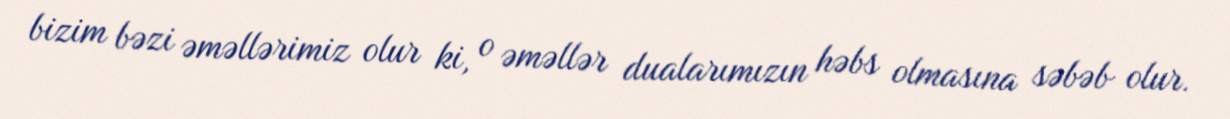
bizim bəzi əməllərimiz olur ki, o əməllər dualarımızın həbs olmasına səbəb olur.